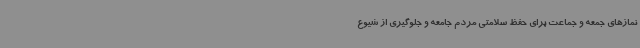
نمازهای جمعه و جماعت برای حفظ سلامتی مردم جامعه و جلوگیری از شیوع